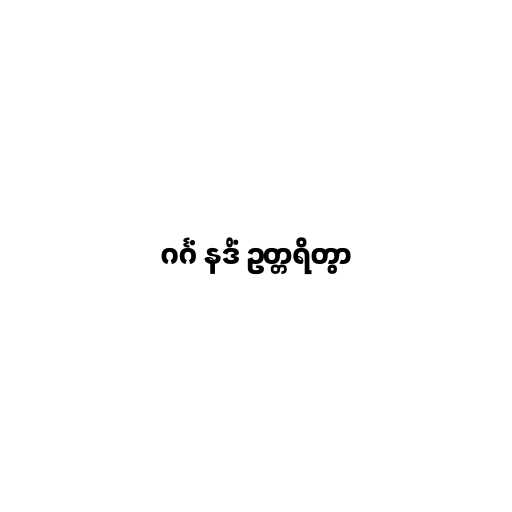
ဂင်္ဂံ နဒိံ ဥတ္တရိတွာ